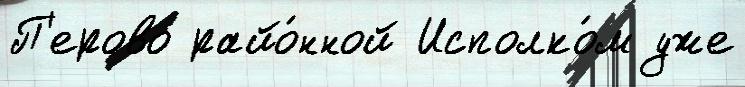
П'ерово райо́нной Исполко́м уже